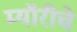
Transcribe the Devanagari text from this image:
म्यॉरीचे